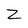
Character: Z